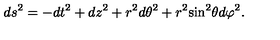
d s ^ { 2 } = - d t ^ { 2 } + d z ^ { 2 } + r ^ { 2 } d { \theta } ^ { 2 } + r ^ { 2 } { \sin } ^ { 2 } \theta d { \varphi } ^ { 2 } .